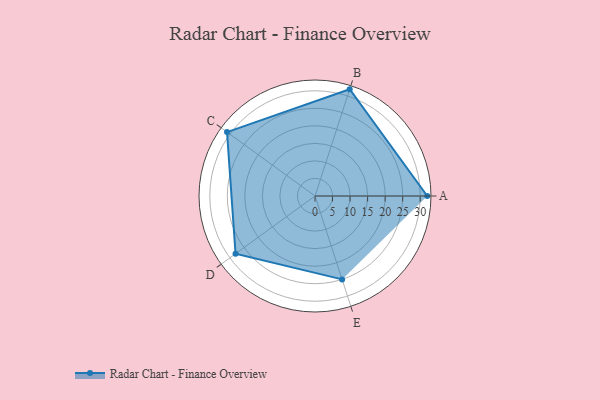
{"axis": {"x": "Skill", "y": "Score"}, "legend": ["Profile"], "data": [{"x": "A", "y": 32.0, "type": "Profile"}, {"x": "B", "y": 32.0, "type": "Profile"}, {"x": "C", "y": 31.0, "type": "Profile"}, {"x": "D", "y": 28.0, "type": "Profile"}, {"x": "E", "y": 25.0, "type": "Profile"}]}